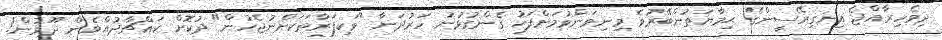
ދިވެހިރާއްޖެ އިނގިރޭސީންގެ ޙިމާޔަތުންބޭރުވެ މިނިވަންވުމަށްފަހު ގެންގުޅުނު ހަރުދަނާ "ވަކިފަރާތަކަށްނުޖެހުން" ދުކޮށް ކައްޗާދުއްވެން ދޫވުން!